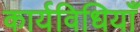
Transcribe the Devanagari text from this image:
कार्यविधियाँ